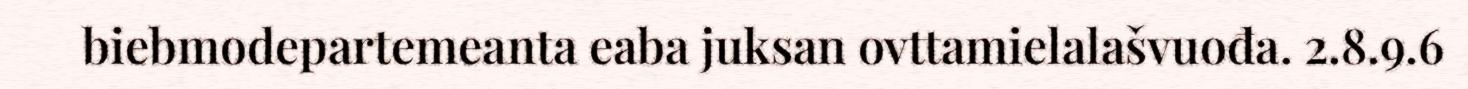
biebmodepartemeanta eaba juksan ovttamielalašvuođa. 2.8.9.6